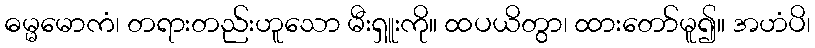
ဓမ္မမောကံ၊ တရားတည်းဟူသော မီးရှူးကို။ ထပယိတွာ၊ ထားတော်မူ၍။ အဟံပိ၊